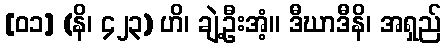
[၀၁] (နိ၊ ၄၂၃) ဟိ၊ ချဲ့ဦးအံ့။ ဒီဃာဒီနိ၊ အရှည်